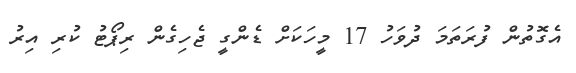
އެގޮތުން ފުރަތަމަ ދުވަހު 17 މީހަކަށް ޑެންގީ ޖެހިގެން ރިޕޯޓު ކުރި އިރު